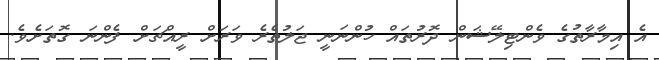
އެ އިމާރާތުގެ ވެންޓިލޭޝަން ދޮރުތައް ހުންނަނީ ޖަލުތެރެ ވަރަށް ރީއްޗަށް ފެންނަ ގޮތަށެވެ.